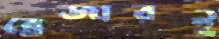
ব্লেজারই